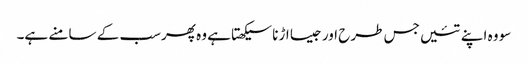
سو وہ اپنے تئیں جس طرح اور جیسا اڑنا سیکھتا ہے وہ پھرسب کے سامنے ہے۔